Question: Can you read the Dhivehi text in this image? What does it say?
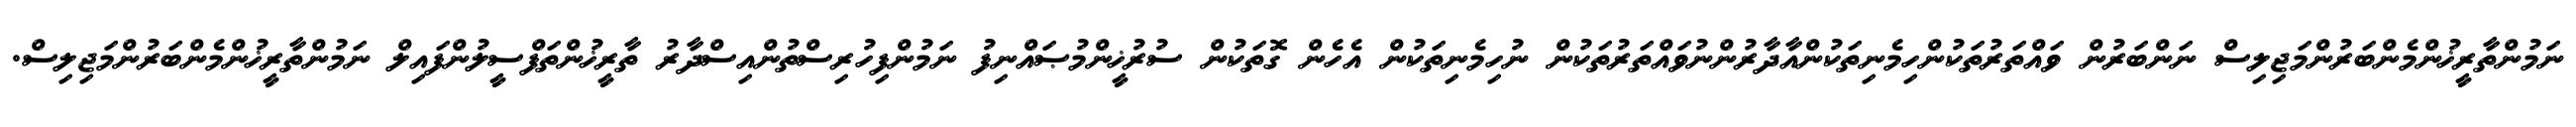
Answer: ނަމުންތާރީޚުންމެންބަރުންމަޖިލިސް ނަންބަރުން ވައްތަރުތަކުންހިމެނިތަކުންއާދާރުންނުވައްތަރުތަކުން ނުހިމެނިތަކުން އެހެން ގޮތަކުން ސުރުޚީންމުޞައްނިފު ނަމުންފިހުރިސްތުންއިސްދާރު ތާރީޚުންތަފްސީލުންފައިލް ނަމުންތާރީޚުންމެންބަރުންމަޖިލިސް.